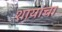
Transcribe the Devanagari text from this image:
शायांचा